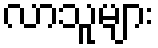
လာသူများ